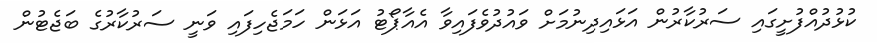
ކުޅުދުއްފުށީގައި ސަރުކާރުން އަޅައިދިނުމަށް ވައުދުވެފައިވާ އެއާޕޯޓު އަޅަން ހަމަޖެހިފައި ވަނީ ސަރުކާރުގެ ބަޖެޓުން